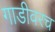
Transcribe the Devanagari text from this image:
गाडीवरच